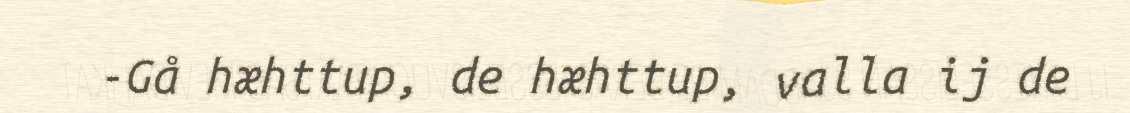
-Gå hæhttup, de hæhttup, valla ij de